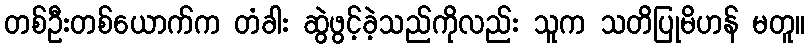
တစ်ဦးတစ်ယောက်က တံခါး ဆွဲဖွင့်ခဲ့သည်ကိုလည်း သူက သတိပြုမိဟန် မတူ။